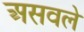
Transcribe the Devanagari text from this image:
असवले